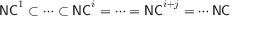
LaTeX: { \mathsf { N C } } ^ { 1 } \subset \cdots \subset { \mathsf { N C } } ^ { i } = \cdots = { \mathsf { N C } } ^ { i + j } = \cdots { \mathsf { N C } }